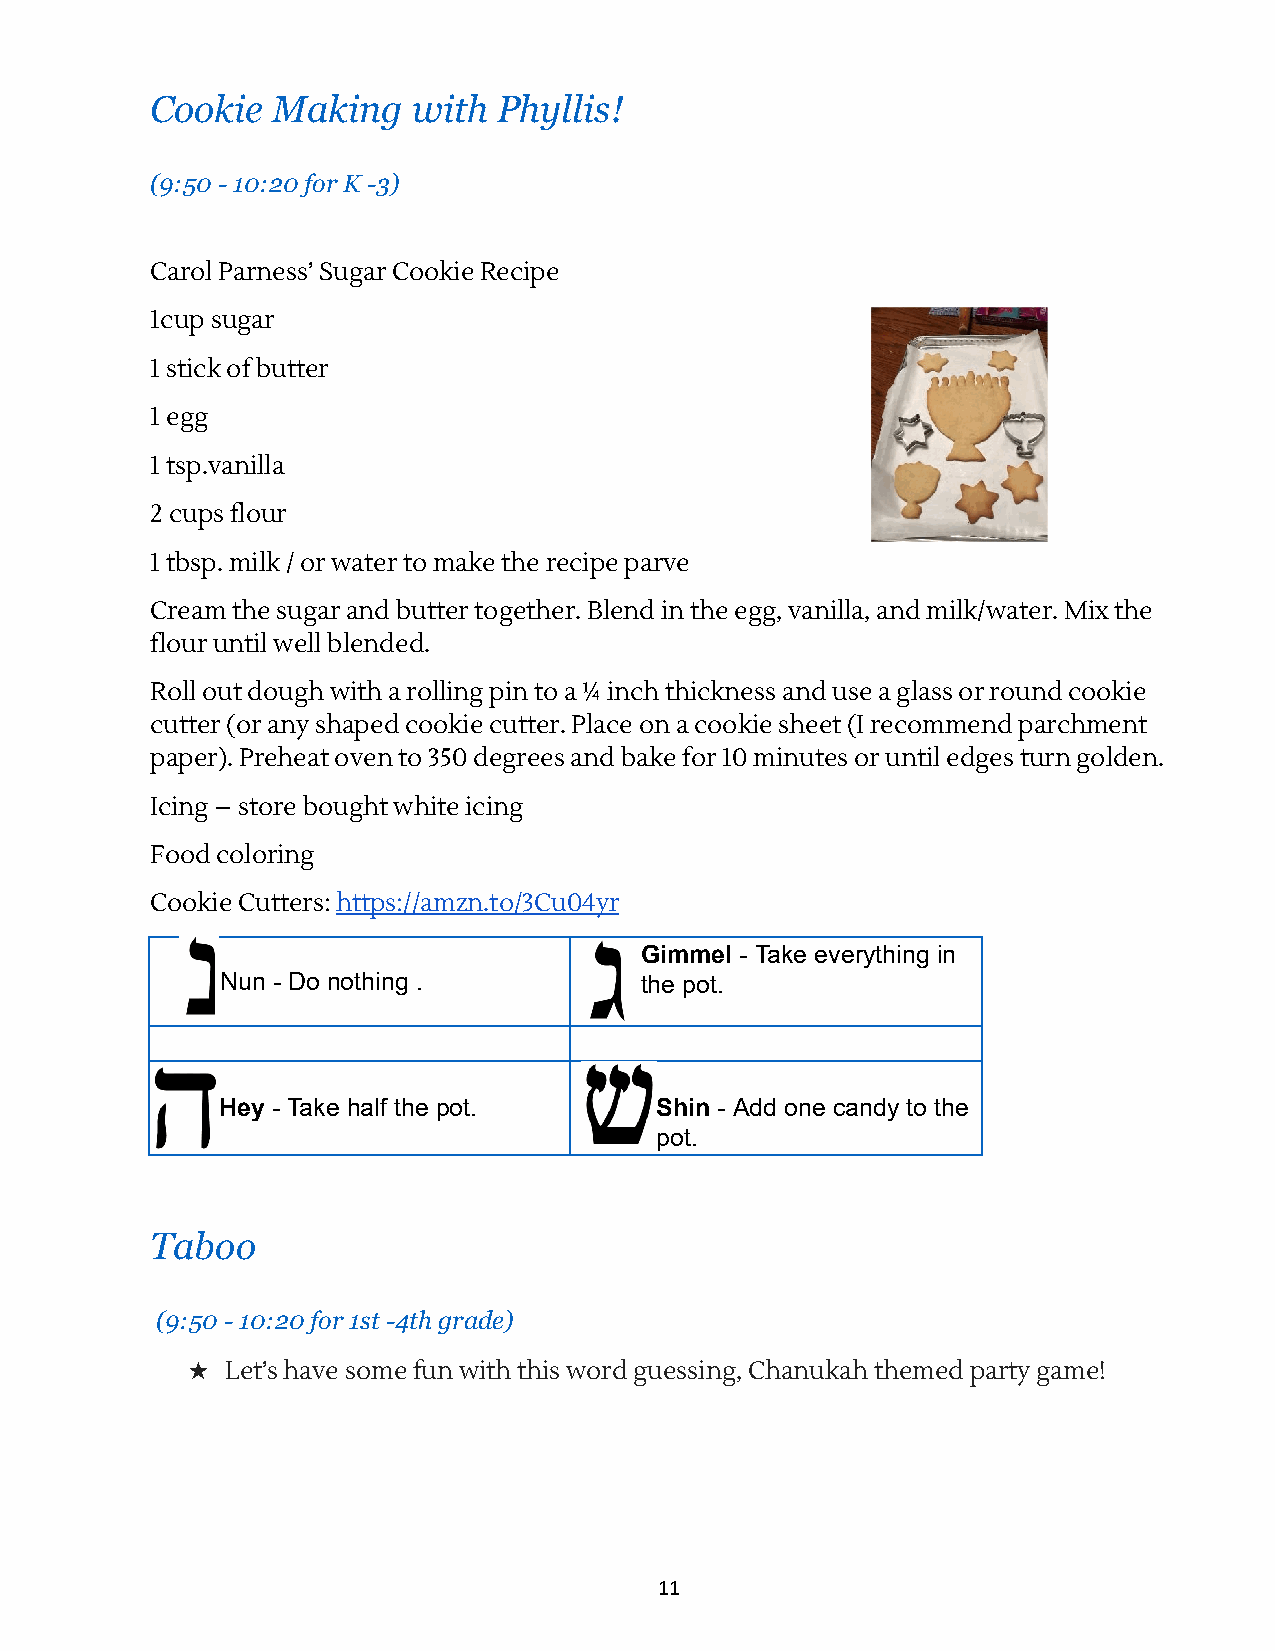
Cookie  M aking  w ith P hyllis!
 (9:50 - 1 0:20 f or K - 3)
 Carol Parness’ Sugar Cookie Recipe
 1cup sugar
 1 stick of butter
 1 egg
 1 tsp.vanilla
 2 cups flour
 1 tbsp. milk / or water to make the recipe parve
 Cream the sugar and butter together. Blend in the egg, vanilla, and milk/water. Mix the
 flour until well blended.
 Roll out dough with a rolling pin to a ¼ inch thickness and use a glass or round cookie
 cutter (or any shaped cookie cutter. Place on a cookie sheet (I recommend parchment
 paper). Preheat oven to 350 degrees and bake for 10 minutes or until edges turn golden.
 Icing – store bought white icing
 Food coloring
 Cookie Cutters: h ttps://amzn.to/3Cu04yr
 Gimmel - Take everything in
 Nun - Do nothing .         the pot.
 Hey - Take half the pot.     S hin - Add one candy to the
 pot.
 Taboo
 ( 9:50 - 1 0:20 f or 1 st - 4th g rade)
 ★  Let’s have some fun with this word guessing, Chanukah themed party game!
 11